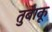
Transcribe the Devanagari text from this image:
तुबाकू